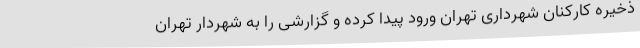
ذخیره کارکنان شهرداری تهران ورود پیدا کرده و گزارشی را به شهردار تهران